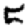
Digit: 5